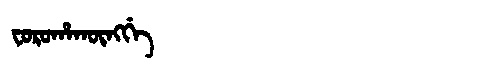
Manchu: ᠸᠣᡵᠣᡥᠠᡴᡡᠩᡤᡝ
Romanization: FOROHAKŪNGGE